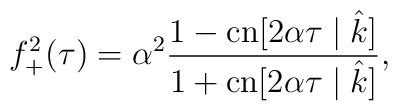
f^2_+(\tau)=\alpha^2\frac{1-\mbox{cn}[2\alpha\tau\mid \hat{k}]}{1+\mbox{cn}[2\alpha\tau\mid \hat{k}]},